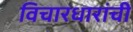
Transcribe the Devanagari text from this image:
विचारधारांची